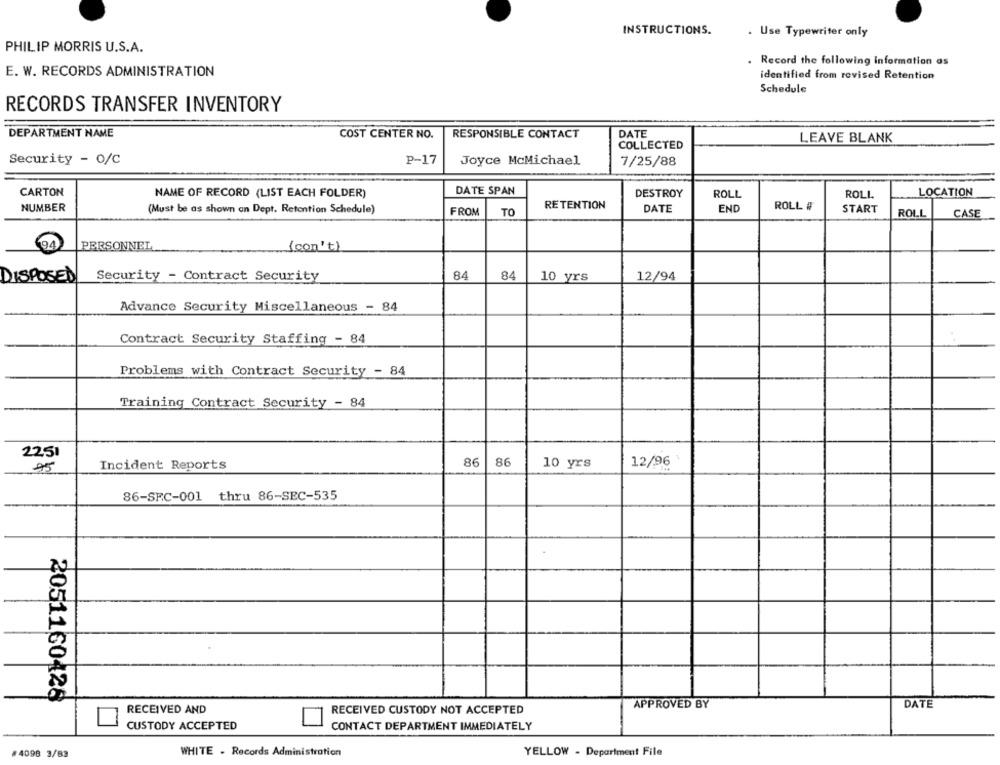
INSTRUCTIONS.
. Use Typewriter only
PHILIP MORRIS U.S.A.
Record the following information as
E. W. RECORDS ADMINISTRATION
identified from revised Retention
Schedule
RECORDS TRANSFER INVENTORY
DEPARTMENT NAME
COST CENTER NO.
RESPONSIBLE CONTACT
DATE
COLLECTED
LEAVE BLANK
Security - 0/C
P-17
Joyce McMichael
7/25/88
CARTON
DATE SPAN
NAME OF RECORD (LIST EACH FOLDER)
DESTROY
ROLL
ROLL
LOCATION
RETENTION
ROLL #
NUMBER
(Must be as shown an Dept. Retention Schedule)
FROM
TO
DATE
END
START
ROLL
CASE
194
( con't)
PERSONNEL
Security - Contract Security
84
84
DISPOSED
10 yrs
12/94
Advance Security Miscellaneous - 84
Contract Security Staffing - 84
Problems with Contract Security - 84
Training Contract Security - 84
22,51
75
Incident Reports
86
86
10 yrs
12/96
86-SFC-001 thru 86-SEC-535
2051160426
APPROVED BY
DATE
RECEIVED AND
RECEIVED CUSTODY NOT ACCEPTED
CUSTODY ACCEPTED
CONTACT DEPARTMENT IMMEDIATELY
#4098 3/83
WHITE . Records Administration
YELLOW - Department File